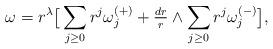
LaTeX: \begin{align*} \omega=r^{\lambda}\big[\sum_{j\geq 0} r^{j}\omega_j^{(+)} +\tfrac{dr}{r}\wedge\sum_{j\geq 0}r^{j}\omega_j^{(-)}\big], \end{align*}